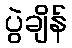
ပွဲချိန်